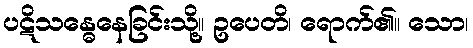
ပဋိသန္ဓေနေခြင်းသို့။ ဥပေတိ၊ ရောက်၏။ သော၊